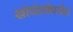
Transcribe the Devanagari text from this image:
खोपोलीपर्यंत